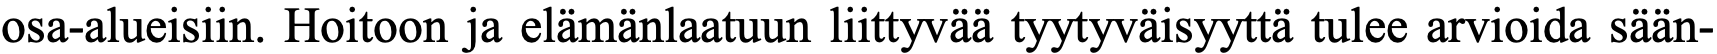
osa-alueisiin. Hoitoon ja elämänlaatuun liittyvää tyytyväisyyttä tulee arvioida sään-